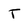
Character: T